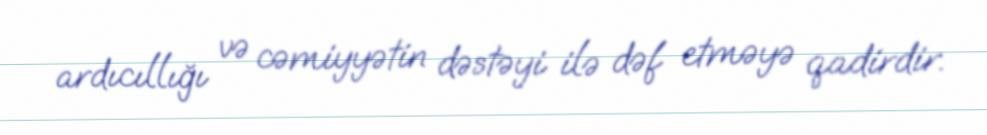
ardıcıllığı və cəmiyyətin dəstəyi ilə dəf etməyə qadirdir.